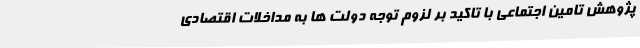
پژوهش تامین اجتماعی با تاکید بر لزوم توجه دولت ها به مداخلات اقتصادی